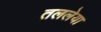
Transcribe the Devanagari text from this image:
तललेया